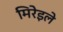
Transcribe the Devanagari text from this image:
मिरेइले